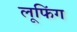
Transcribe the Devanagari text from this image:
लूफिंग